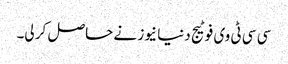
سی سی ٹی وی فوٹیج دنیا نیوز نے حاصل کر لی۔